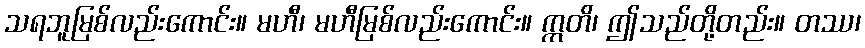
သရဘူမြစ်လည်းကောင်း။ မဟီ၊ မဟီမြစ်လည်းကောင်း။ ဣတိ၊ ဤသည်တို့တည်း။ တဿ၊